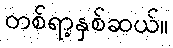
တစ်ရာ့နှစ်ဆယ်။